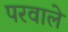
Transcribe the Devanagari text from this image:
परवाले